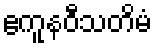
ဧကူနဝီသတိမံ